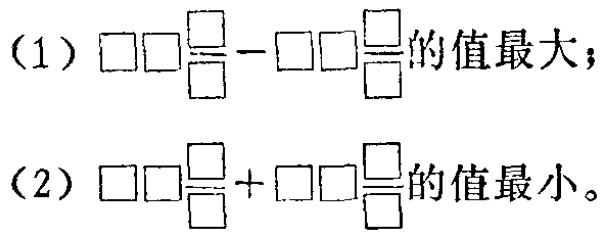
(1) $\square\square\frac{\square}{\square}-\square\square\frac{\square}{\square}$的值最大；

(2) $\square\square\frac{\square}{\square}+\square\square\frac{\square}{\square}$的值最小。